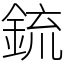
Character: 鋶